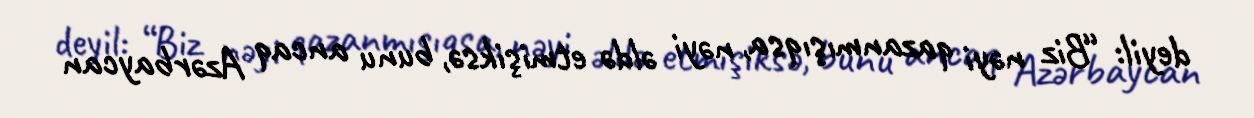
deyil: “Biz nəyi qazanmışıqsa, nəyi əldə etmişiksə, bunu ancaq Azərbaycan